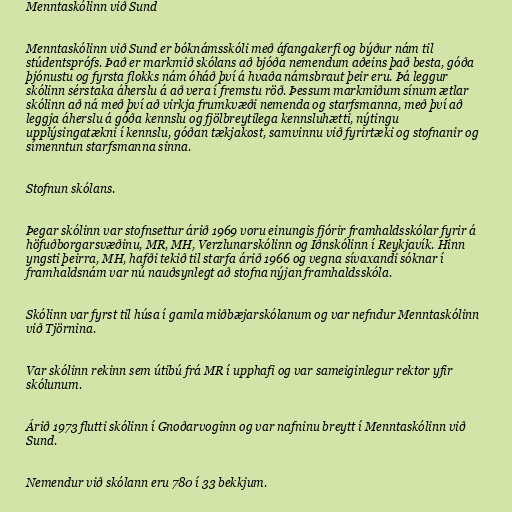
Menntaskólinn við Sund

Menntaskólinn við Sund er bóknámsskóli með áfangakerfi og býður nám til
stúdentsprófs. Það er markmið skólans að bjóða nemendum aðeins það besta, góða
þjónustu og fyrsta flokks nám óháð því á hvaða námsbraut þeir eru. Þá leggur
skólinn sérstaka áherslu á að vera í fremstu röð. Þessum markmiðum sínum ætlar
skólinn að ná með því að virkja frumkvæði nemenda og starfsmanna, með því að
leggja áherslu á góða kennslu og fjölbreytilega kennsluhætti, nýtingu
upplýsingatækni í kennslu, góðan tækjakost, samvinnu við fyrirtæki og stofnanir og
símenntun starfsmanna sinna.

Stofnun skólans.

Þegar skólinn var stofnsettur árið 1969 voru einungis fjórir framhaldsskólar fyrir á
höfuðborgarsvæðinu, MR, MH, Verzlunarskólinn og Iðnskólinn í Reykjavík. Hinn
yngsti þeirra, MH, hafði tekið til starfa árið 1966 og vegna sívaxandi sóknar í
framhaldsnám var nú nauðsynlegt að stofna nýjan framhaldsskóla.

Skólinn var fyrst til húsa í gamla miðbæjarskólanum og var nefndur Menntaskólinn
við Tjörnina.

Var skólinn rekinn sem útibú frá MR í upphafi og var sameiginlegur rektor yfir
skólunum.

Árið 1973 flutti skólinn í Gnoðarvoginn og var nafninu breytt í Menntaskólinn við
Sund.

Nemendur við skólann eru 780 í 33 bekkjum.